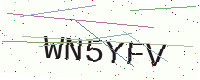
Text: WN5YFV